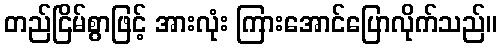
တည်ငြိမ်စွာဖြင့် အားလုံး ကြားအောင်ပြောလိုက်သည်။